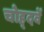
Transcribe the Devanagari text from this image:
चोह्दवें